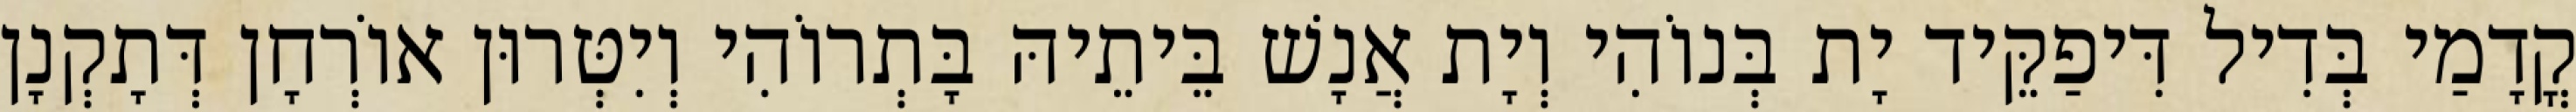
קֳדָמַי בְּדִיל דִּיפַקֵּיד יָת בְּנוֹהִי וְיָת אֲנָשׁ בֵּיתֵיהּ בָּתְרוֹהִי וְיִטְּרוּן אוֹרְחָן דְּתָקְנָן